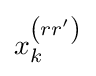
x_{k}^{\left(rr'\right)}